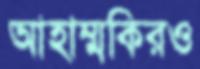
আহাম্মকিরও